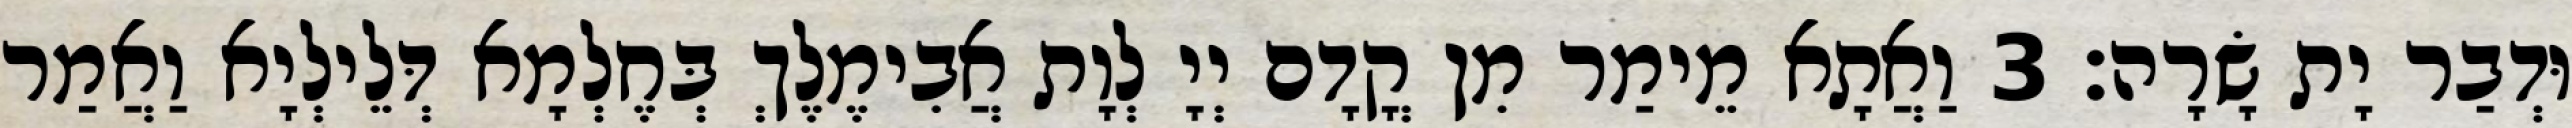
וּדְבַר יָת שָׂרָה׃ 3 וַאֲתָא מֵימַר מִן קֳדָם יְיָ לְוָת אֲבִימֶלֶךְ בְּחֶלְמָא דְּלֵילְיָא וַאֲמַר